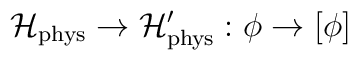
\mathcal{H}_{\mathrm{phys}}\rightarrow \mathcal{H}_{\mathrm{phys}}^{\prime}:\phi \rightarrow \lbrack \phi ]